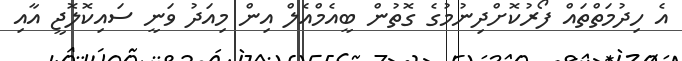
އެ ހިދުމަތްތައް ފޯރުކޮށްދިނުމުގެ ގޮތުން ބީއެމްއެލް އިން މިއަދު ވަނީ ސައިކޮލޮޖީ އާއި